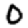
Digit: 0